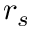
r _ { s }